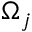
\Omega _ { j }